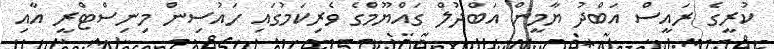
ކުރީގެ ރައީސް އަބްދު ޔާމީން އަބްދުލް ގައްޔޫމްގެ ވެރިކަމުގައި ހައުސިން މިނިސްޓްރީ އާއި